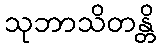
သုဘာသိတန္တိ